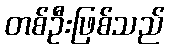
တစ်ဦးဖြစ်သည်